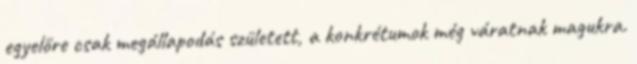
egyelőre csak megállapodás született, a konkrétumok még váratnak magukra.